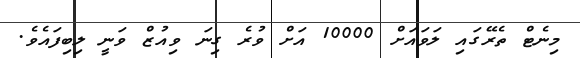
މިނެޓް ތެރޭގައި ލަވައަށް 10000 އަށް ވުރެ ގިނަ ވިއުޒް ވަނީ ލިބިފައެވެ.